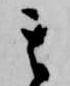
其